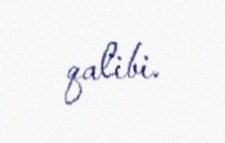
qalibi.